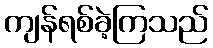
ကျန်ရစ်ခဲ့ကြသည်